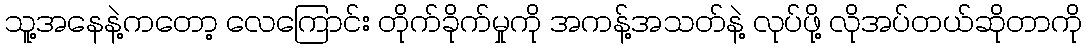
သူ့အနေနဲ့ကတော့ လေကြောင်း တိုက်ခိုက်မှုကို အကန့်အသတ်နဲ့ လုပ်ဖို့ လိုအပ်တယ်ဆိုတာကို